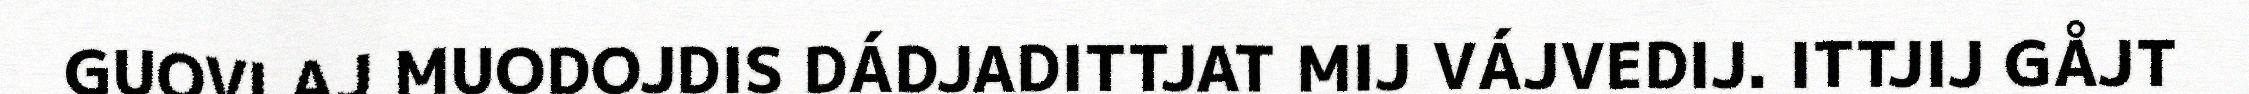
GUOVLAJ MUODOJDIS DÁDJADITTJAT MIJ VÁJVEDIJ. ITTJIJ GÅJT